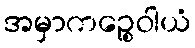
အမှာကဉ္စေဝါယံ